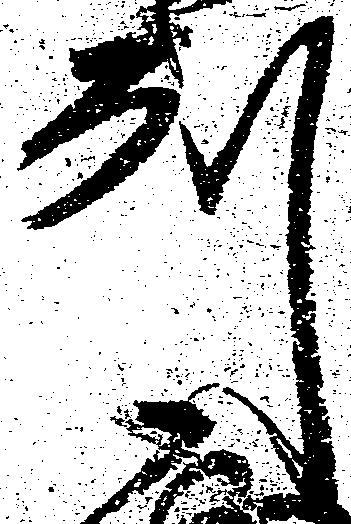
州